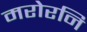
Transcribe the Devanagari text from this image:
मरोरनि